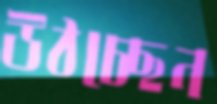
উঠচ্ছেন